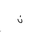
Letter: _non